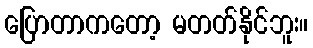
ပြောတာကတော့ မတတ်နိုင်ဘူး။